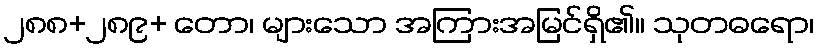
၂၈၈+၂၈၉+ တော၊ များသော အကြားအမြင်ရှိ၏။ သုတဓရော၊